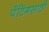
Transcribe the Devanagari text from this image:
पेंटिंगसाठी